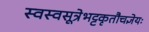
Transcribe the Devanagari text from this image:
स्वस्वसूत्रेभट्टकृतौचज्ञेयः